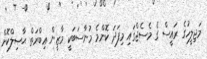
މަޖިލީހުގެ ރައީސް ގެ މެސެޖްގައި މިފަދަ ކޮންމެ މުނާސަބަކީ މާޒީން ޢިބްރަތް ޙާޞިލްކޮށް